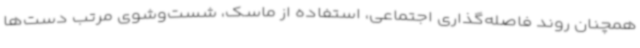
همچنان روند فاصله‌گذاری اجتماعی، استفاده از ماسک، شست‌وشوی مرتب دست‌ها